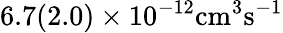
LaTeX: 6.7(2.0)\times 10^{-12}\mathrm{{cm}^{3}\mathrm{{s}^{-1}}}